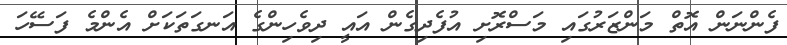
ފެންނަން އޮތް މަންޒަރުގައި މަސްރޮށި އުފެދިގެން އައީ ދިވެހިންގެ އަނގަތަކަށް އެންމެ ފަސޭހަ